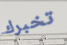
تخبرك